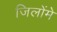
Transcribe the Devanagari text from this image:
जिलोंमे